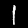
Label: 1